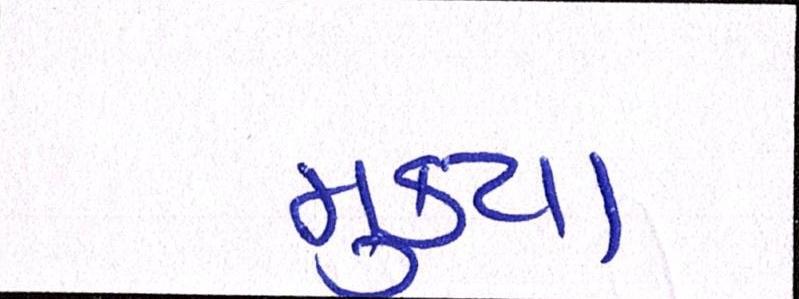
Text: મુક્યા